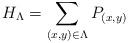
LaTeX: \begin{align*} H_{\Lambda} = \sum_{(x,y)\in \Lambda} P_{(x,y)} \end{align*}